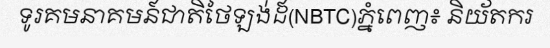
ទូរគមនាគមន៍ជាតិថៃឡង់ដ៍(NBTC)ភ្នំពេញ៖ និយ័តករ